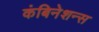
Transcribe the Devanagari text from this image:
कंबिनेशन्स